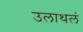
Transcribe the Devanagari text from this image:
उलाथलं